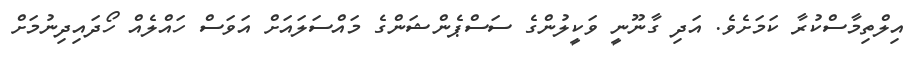
އިލްތިމާސްކުރާ ކަމަށެވެ. އަދި ގާނޫނީ ވަކީލުންގެ ސަސްޕެންޝަންގެ މައްސަލައަށް އަވަސް ހައްލެއް ހޯދައިދިނުމަށް